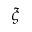
\xi